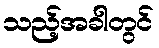
သည့်အခါတွင်